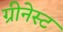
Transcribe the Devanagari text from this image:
ग्रीनेस्ट